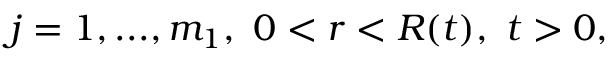
j = 1 , . . . , m _ { 1 } , \ 0 < r < R ( t ) , \ t > 0 ,